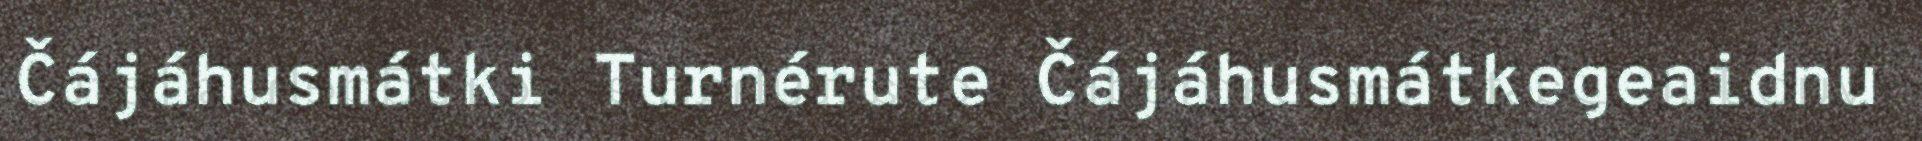
Čájáhusmátki Turnérute Čájáhusmátkegeaidnu